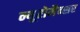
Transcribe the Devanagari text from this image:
न्यूरोमैन्सर